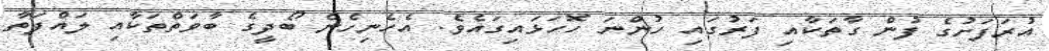
އުރަފަށުގެ ފުން ގާތަކާއި ފަރުގައި ހުންނަ ހޮހަޅައިގައެވެ. އެހެނިހެން ބޯދީގެ ބާވަތްތަކާއި ލައްފަތާ